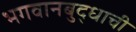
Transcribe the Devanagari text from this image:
भगवानबुद्धाची